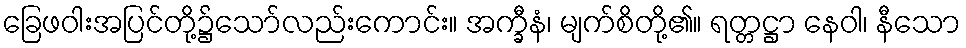
ခြေဖဝါးအပြင်တို့၌သော်လည်းကောင်း။ အက္ခီနံ၊ မျက်စိတို့၏။ ရတ္တဋ္ဌာ နေဝါ၊ နီသော